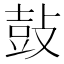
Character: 鼔